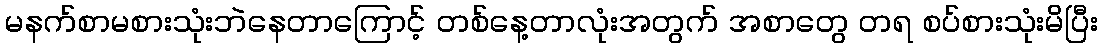
မနက်စာမစားသုံးဘဲနေတာကြောင့် တစ်နေ့တာလုံးအတွက် အစာတွေ တရ စပ်စားသုံးမိပြီး